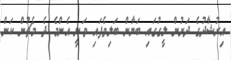
އިރުޝާދުގެ ދަށުން ލީގުގައި ބަޔާން ބަލިވެފައި ވަނީ އެންމެ ދެ މެޗުން ކަން